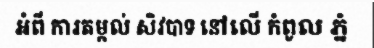
អំពី ការតម្កល់ សិវបាទ នៅលើ កំពូល ភ្នំ